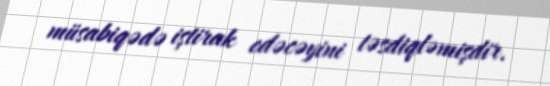
müsabiqədə iştirak edəcəyini təsdiqləmişdir.